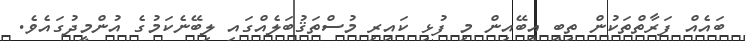
ބައެއް ފަރާތްތަކުން ތިބީ އީބޭއިން މި ފުޅި ކައިރި މުސްތަޤުބަލެއްގައި ލިބޭނެކަމުގެ އުންމީދުގައެވެ.